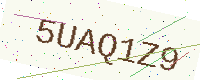
Text: 5UAQ1Z9